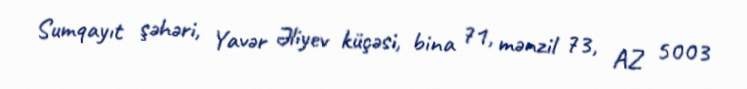
Sumqayıt şəhəri, Yavər Əliyev küçəsi, bina 71, mənzil 73, AZ 5003